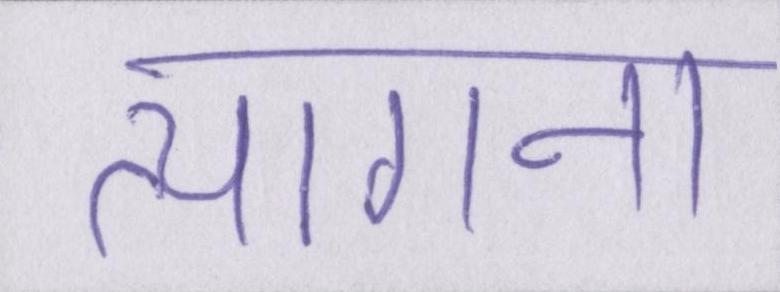
त्यागना